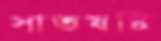
সাতষষ্টি